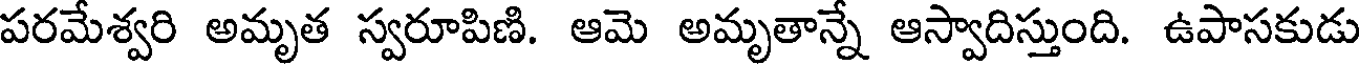
పరమేశ్వరి అమృత స్వరూపిణి. ఆమె అమృతాన్నే ఆస్వాదిస్తుంది. ఉపాసకుడు